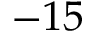
- 1 5